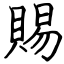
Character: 賜